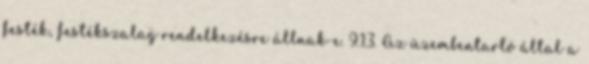
festék, festékszalag rendelkezésre állnak-e. 9.1.3. Az üzembentartó által a